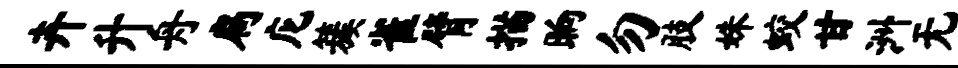
卉升舟扃庀簇雀臂描晌勿肢姝蛟甘洲无